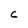
Character: C